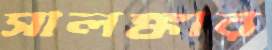
সালঙ্কার